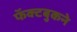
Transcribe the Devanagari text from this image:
फॅक्टबुकने